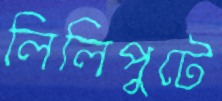
লিলিপুটে